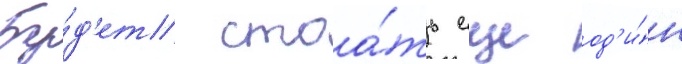
Бу́д'ет стоа́ть еще од'и́н